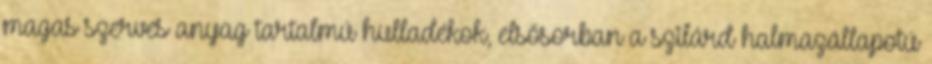
magas szerves anyag tartalmú hulladékok, elsősorban a szilárd halmazállapotú